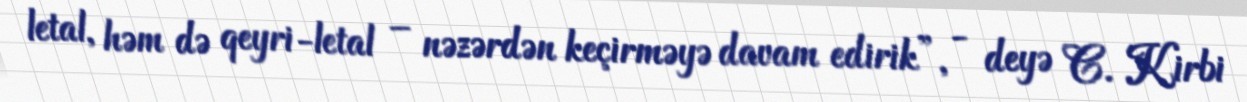
letal, həm də qeyri-letal – nəzərdən keçirməyə davam edirik”, - deyə C. Kirbi